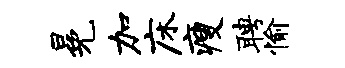
冕加床瘦聘愉